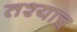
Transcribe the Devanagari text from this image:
तश्याच